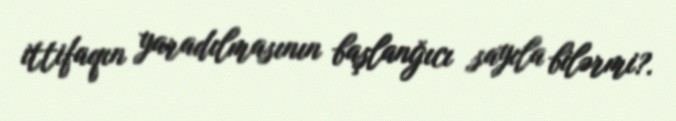
ittifaqın yaradılmasının başlanğıcı sayıla bilərmi?.